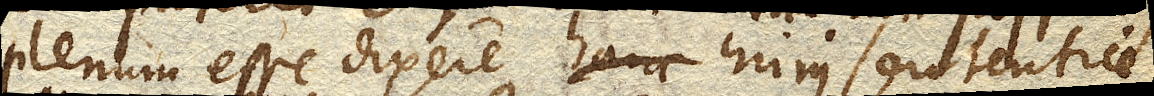
plenum esse dixere hujus sententiae